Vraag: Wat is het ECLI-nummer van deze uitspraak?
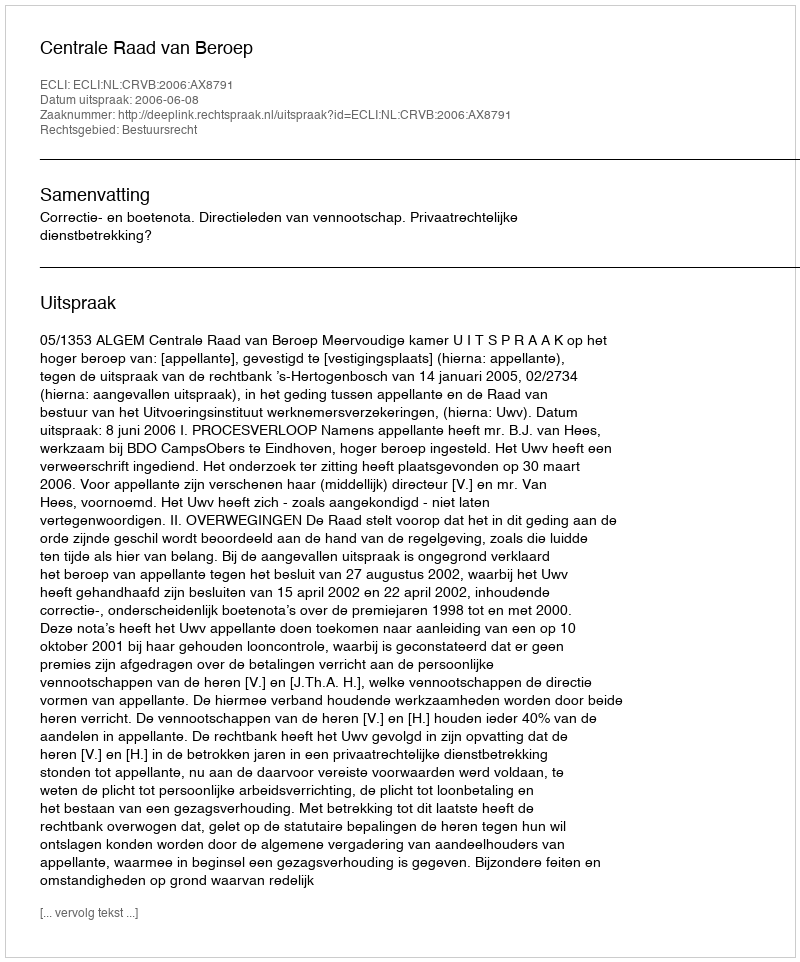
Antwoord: ECLI:NL:CRVB:2006:AX8791